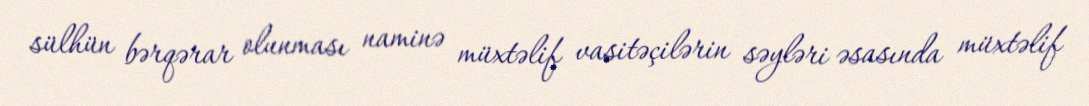
sülhün bərqərar olunması naminə müxtəlif vasitəçilərin səyləri əsasında müxtəlif